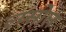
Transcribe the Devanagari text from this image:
ल्य्सोल